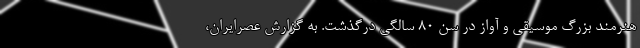
هنرمند بزرگ موسیقی و آواز در سن ۸۰ سالگی درگذشت. به گزارش عصرایران،